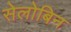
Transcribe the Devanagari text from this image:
सेलोबिन